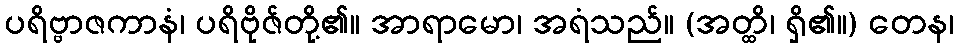
ပရိဗ္ဗာဇကာနံ၊ ပရိဗိုဇ်တို့၏။ အာရာမော၊ အရံသည်။ (အတ္ထိ၊ ရှိ၏။) တေန၊